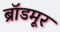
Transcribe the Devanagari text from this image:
ब्रॉडमूर